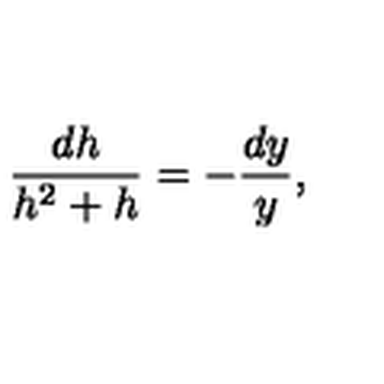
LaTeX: \frac { d h } { h ^ { 2 } + h } = - \frac { d y } { y } ,